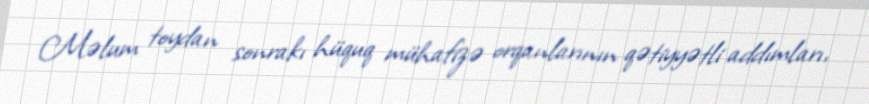
Məlum toydan sonrakı hüquq mühafizə orqanlarının qətiyyətli addımları,